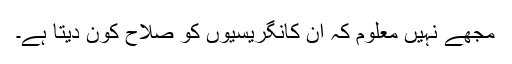
مجھے نہیں معلوم کہ ان کانگریسیوں کو صلاح کون دیتا ہے۔